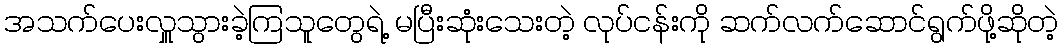
အသက်ပေးလှူသွားခဲ့ကြသူတွေရဲ့ မပြီးဆုံးသေးတဲ့ လုပ်ငန်းကို ဆက်လက်ဆောင်ရွက်ဖို့ဆိုတဲ့